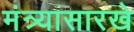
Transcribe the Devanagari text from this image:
मंत्र्यासारखे